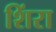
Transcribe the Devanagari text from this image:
शिंरा